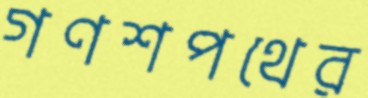
গণশপথের